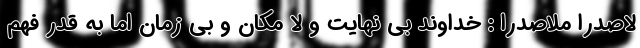
لاصدرا ملاصدرا : خداوند بی نهایت و لا مکان و بی زمان اما به قدر فهم